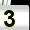
Digit: 3